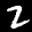
Label: 2